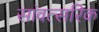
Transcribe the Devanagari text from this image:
सांवत्सरिक